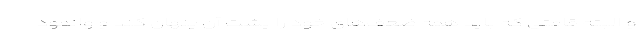
و البته قامتی که باید همه ضعف‌های خود را پشت آن پنهان کند و وانمود